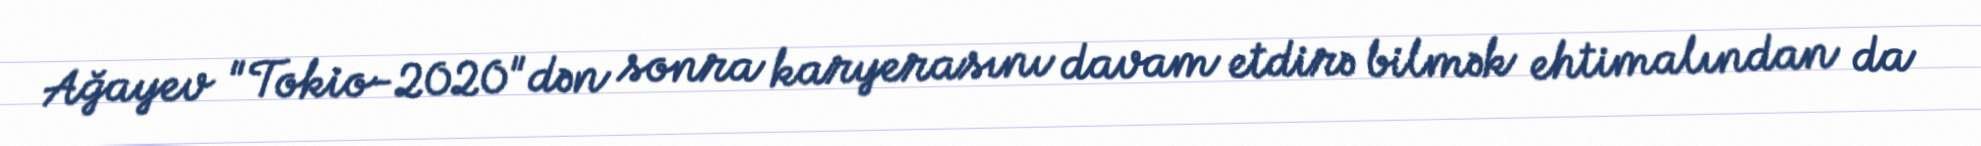
Ağayev "Tokio-2020"dən sonra karyerasını davam etdirə bilmək ehtimalından da